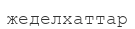
жеделхаттар